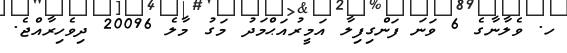
ހ. ވެލާނާގެ 6 ވަނަ ފަންގިފިލާ އަމީރުއަޙްމަދު މަގު މާލެ 20096 ދިވެހިރާއްޖެ.